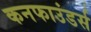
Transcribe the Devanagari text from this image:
कनफाउंडर्स